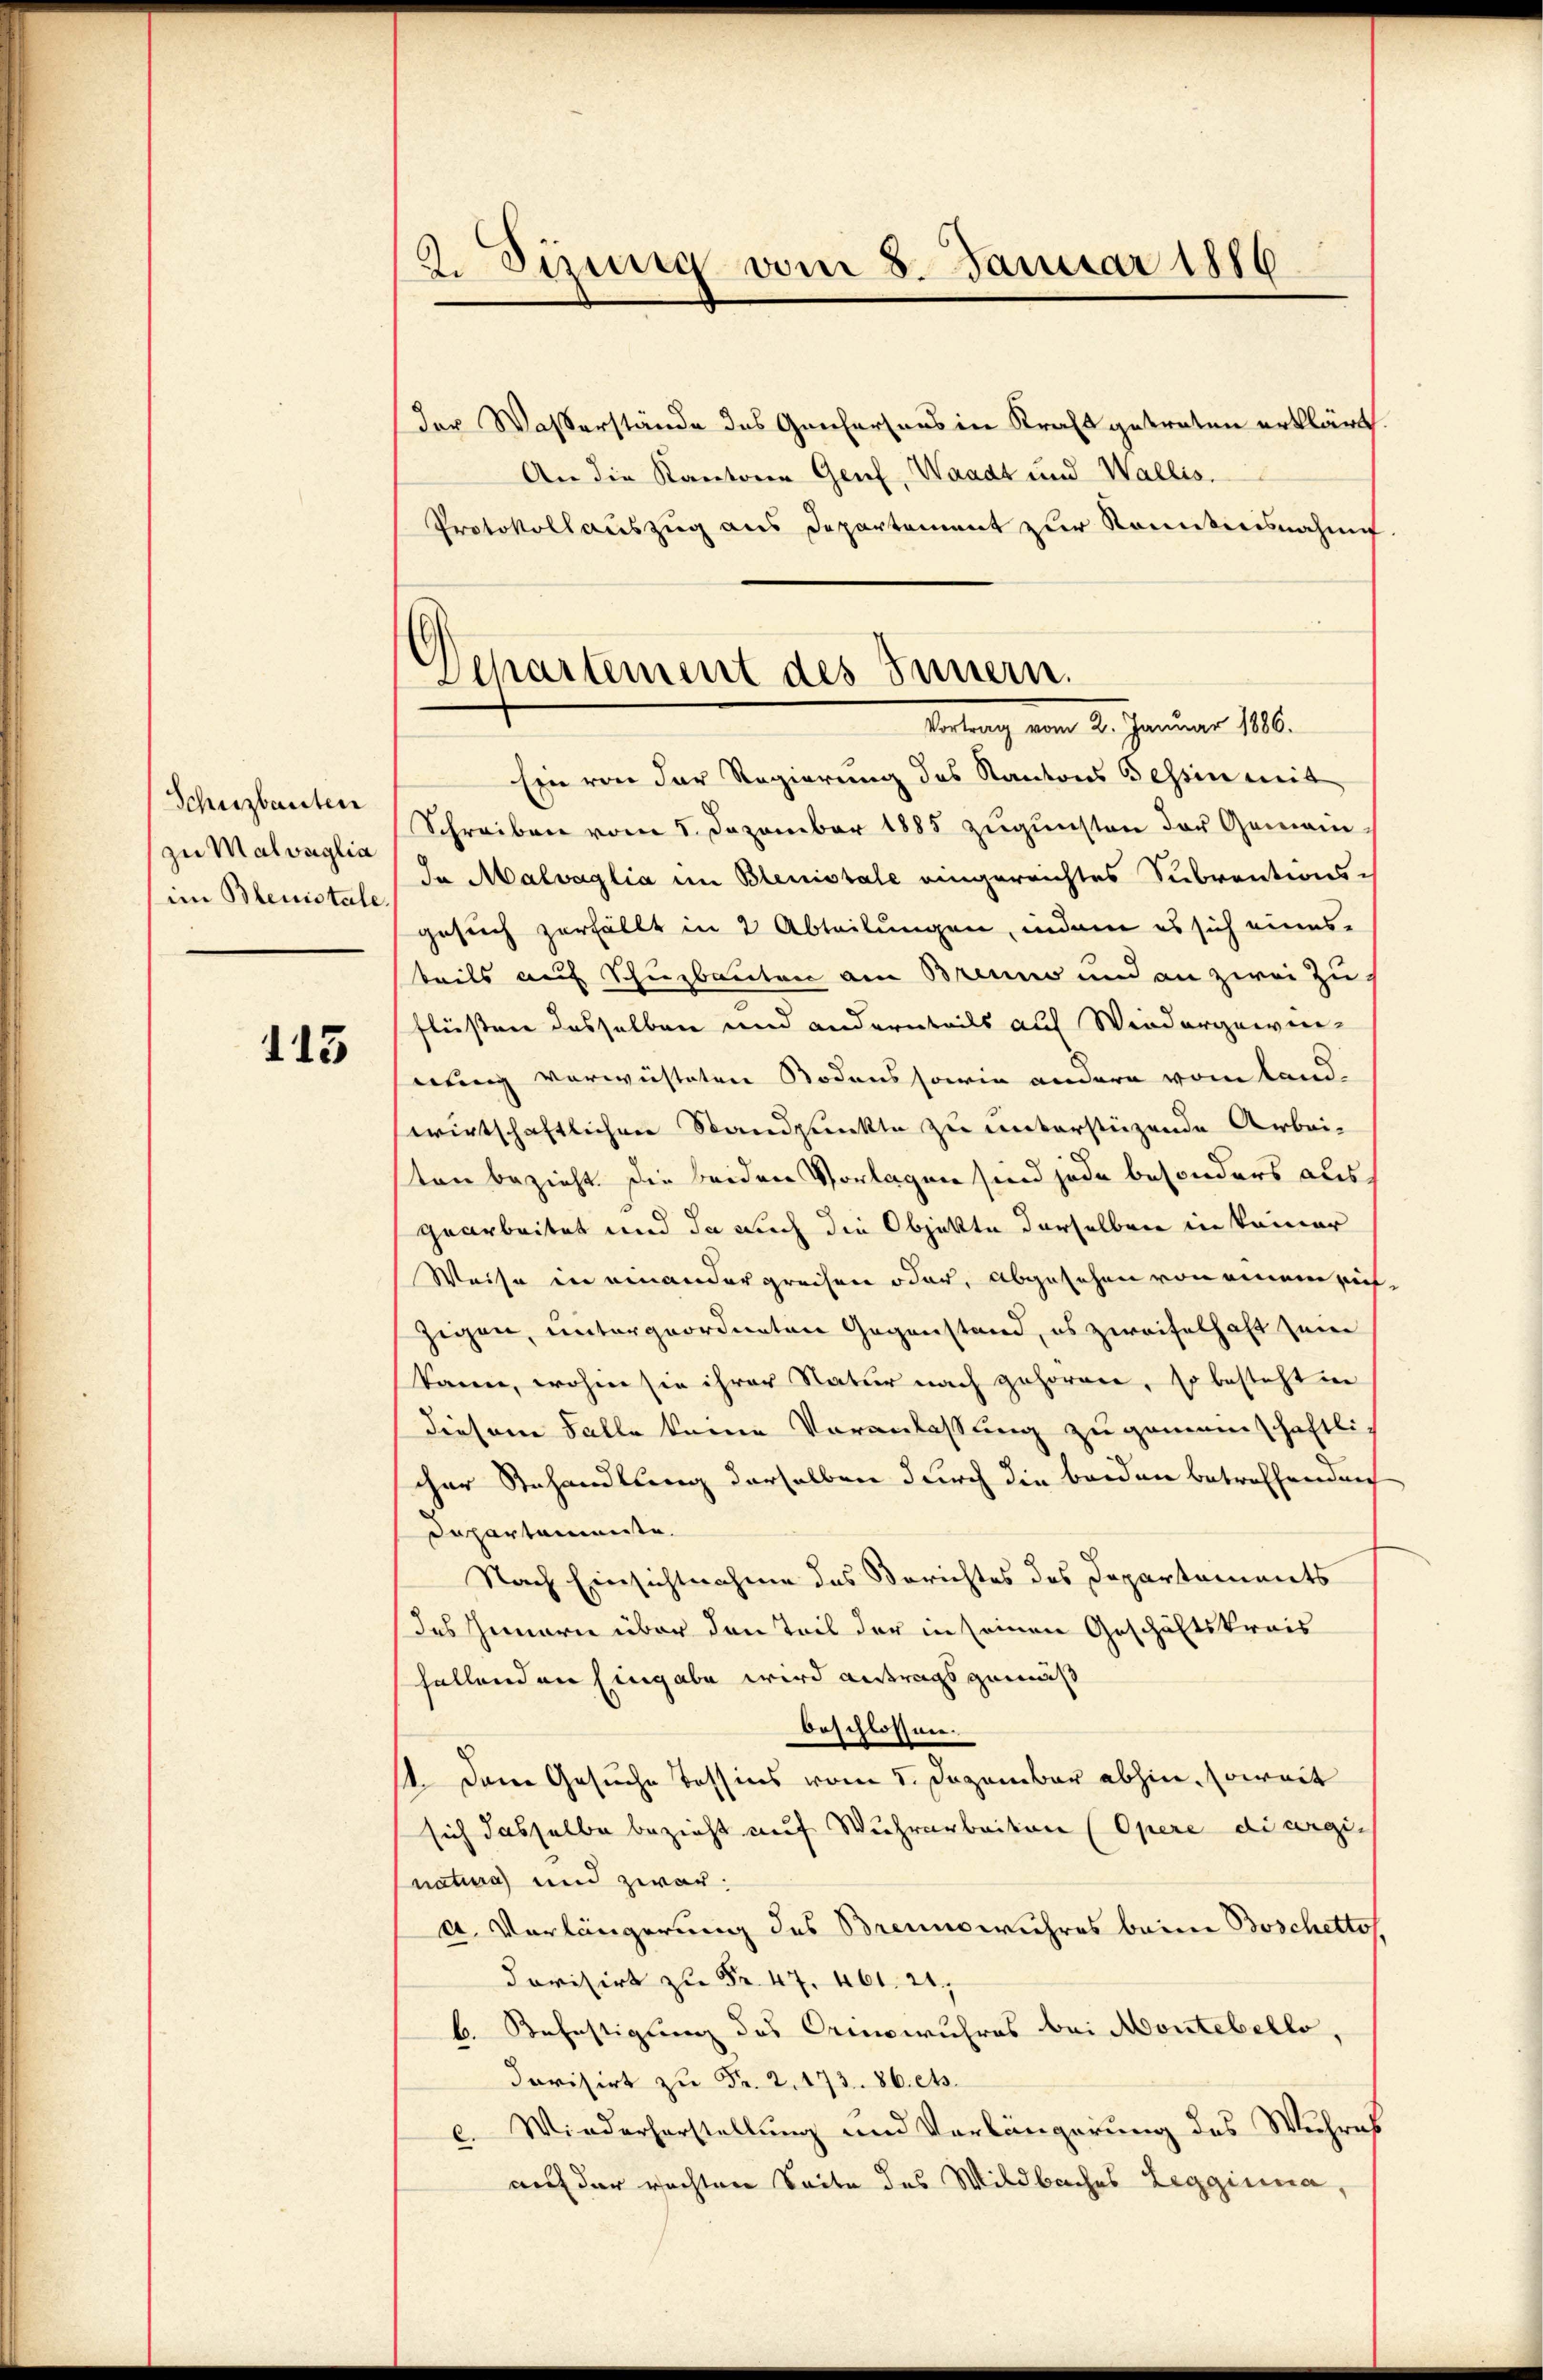
Schüzbauten
zu Malvaglia
im Blenistale.

115

2. Sinnig vom 8. Januar 1886

G
Departement des Innern.
Vortrag vom 2. Januar 1886.

der Waßerstände des Genfersaus in Kraft getreten erklärt.
An die Kantone Genf, Waadt und Wallis.
Protokollauszug aus Departement zur Komiticisnahme
Ein von der Regierung des Kantons Tessin mit
Schreiben vom 5. Dezember 1885 zugunsten der Gemein
In Malvaglia im Blenistale eingereichtes Subventionsgesuch zerfällt in 2 Abteilungen, indem es sich einesteils auf Schuzbauten am Brenne und an zwei Zuflüssen desselben und andernteils auf Wiedergewin-
nung verwüsteten Bodens sowie andern vom Landwirtschaftlichen Standpunkte zu unterstüzende Arbei-
ten bezieht. Die beiden Vorlagen sind jede besonders aus
gearbeitet und da auch die Objekte derselben in keiner
Weise in einander greifen oder, abgesehen von einem sich
zigen, untergeordneten Gegenstand, es zweifelhaft sein
kann, wohin sie ihrer Natur nach gehornen, so besteht in
diesem Falle keine Veranlassung zugemeinschaftli-
cher Behandlung derselben durch die beiden betreffenden
Departamente.
Nach Einsichtnahme des Berichtes des Departements
des Innern über den Teil der in seinen Geschäftskreis
fallenden Eingabe wird antragsgemäß
beschlossen.
1. Dann Gesuche Tassens vom 5. Dezember abhin, soweit
sich dasselbe bezieht auf Wuhrarbeiten (Opere diargination und zwar
a. Vorlängerung des Brennswuhres beim Boschetto,
4
b. Befestigung des Orinowuhres bei Montebello,
dorisirt zu Fr. 2. 173. 86. et.
c. Wiederhorstellung und Verlängerung des Wuhres
auf der rechten Seite des Wildbaches Leggina,